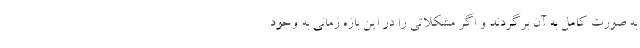
به صورت کامل به آن برگردند و اگر مشکلاتی را در این بازه زمانی به وجود